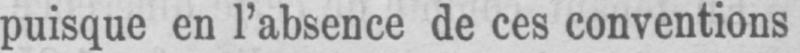
puisque en l’absence de ces conventions